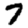
Digit: 7